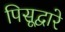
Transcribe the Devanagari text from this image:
पिसूद्वारे